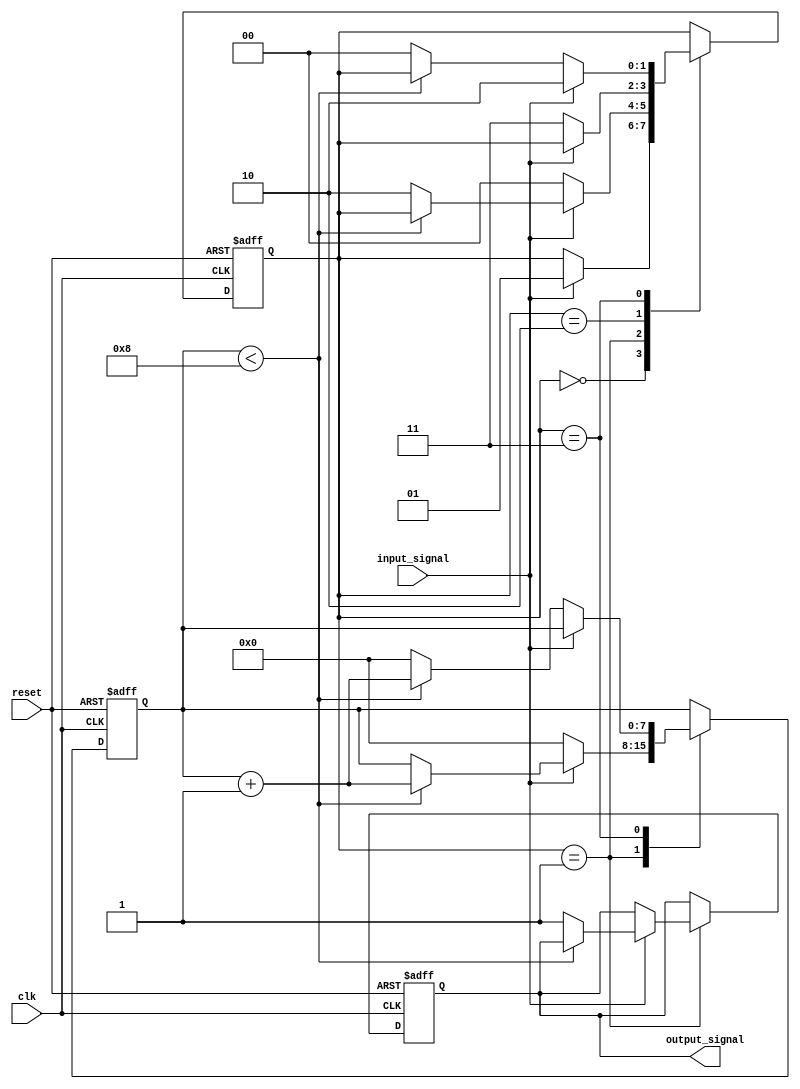
module debounce_circuit (
    input wire clk,
    input wire reset,
    input wire input_signal,
    output reg output_signal
);

reg [1:0] state;
reg [7:0] counter;

parameter DEBOUNCE_THRESHOLD = 8; // Adjustable debounce threshold value

always @(posedge clk or posedge reset) begin
    if (reset) begin
        state <= 0;
        counter <= 0;
        output_signal <= 0;
    end else begin
        case(state)
            0: begin // Initial state
                if (input_signal) begin
                    state <= 1;
                end
            end
            1: begin // Debouncing state
                if (input_signal) begin
                    if (counter < DEBOUNCE_THRESHOLD) begin
                        counter <= counter + 1;
                    end else begin
                        state <= 2;
                        output_signal <= 1;
                    end
                end else begin
                    state <= 0;
                    counter <= 0;
                end
            end
            2: begin // Stable state
                if (!input_signal) begin
                    state <= 3;
                end
            end
            3: begin // Debouncing state
                if (!input_signal) begin
                    if (counter < DEBOUNCE_THRESHOLD) begin
                        counter <= counter + 1;
                    end else begin
                        state <= 0;
                        counter <= 0;
                    end
                end else begin
                    state <= 2;
                end
            end
        endcase
    end
end

endmodule